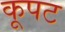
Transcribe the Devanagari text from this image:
कूपट